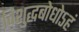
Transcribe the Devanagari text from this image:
विशुद्धबोधोऽहं